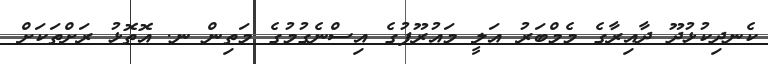
ކެނދިކުޅުދޫ ދާއިރާގެ މެމްބަރު އަލީ މައުރޫފުގެ އިސްނެގުމުގެ މަތިން ނ. އޮތޮޅު ރަށްތަކަށް